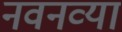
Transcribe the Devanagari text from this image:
नवनव्‍या